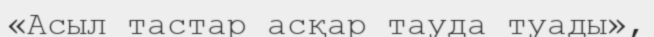
«Асыл тастар асқар тауда туады»,